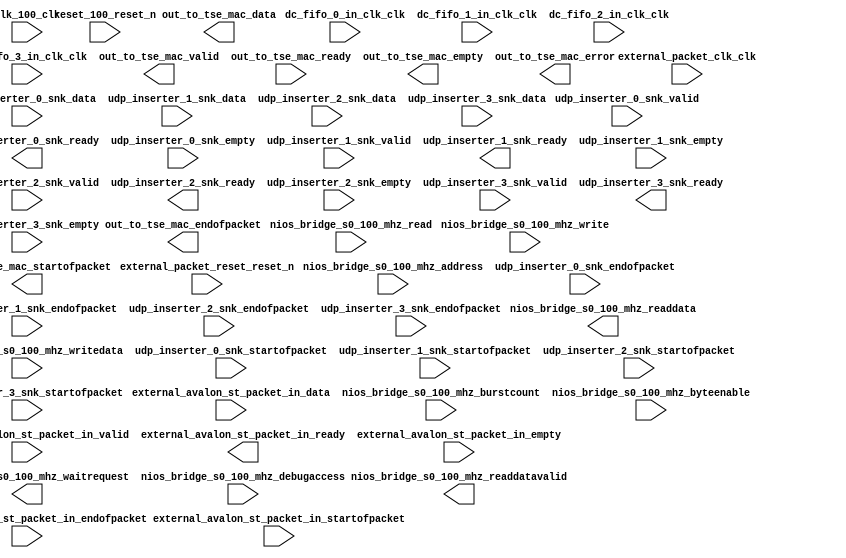

module udp_streamer_subsystem (
	clk_100_clk,
	dc_fifo_0_in_clk_clk,
	dc_fifo_1_in_clk_clk,
	dc_fifo_2_in_clk_clk,
	dc_fifo_3_in_clk_clk,
	external_avalon_st_packet_in_data,
	external_avalon_st_packet_in_valid,
	external_avalon_st_packet_in_ready,
	external_avalon_st_packet_in_startofpacket,
	external_avalon_st_packet_in_endofpacket,
	external_avalon_st_packet_in_empty,
	external_packet_clk_clk,
	external_packet_reset_reset_n,
	nios_bridge_s0_100_mhz_waitrequest,
	nios_bridge_s0_100_mhz_readdata,
	nios_bridge_s0_100_mhz_readdatavalid,
	nios_bridge_s0_100_mhz_burstcount,
	nios_bridge_s0_100_mhz_writedata,
	nios_bridge_s0_100_mhz_address,
	nios_bridge_s0_100_mhz_write,
	nios_bridge_s0_100_mhz_read,
	nios_bridge_s0_100_mhz_byteenable,
	nios_bridge_s0_100_mhz_debugaccess,
	out_to_tse_mac_data,
	out_to_tse_mac_valid,
	out_to_tse_mac_ready,
	out_to_tse_mac_startofpacket,
	out_to_tse_mac_endofpacket,
	out_to_tse_mac_empty,
	out_to_tse_mac_error,
	reset_100_reset_n,
	udp_inserter_0_snk_data,
	udp_inserter_0_snk_valid,
	udp_inserter_0_snk_ready,
	udp_inserter_0_snk_startofpacket,
	udp_inserter_0_snk_endofpacket,
	udp_inserter_0_snk_empty,
	udp_inserter_1_snk_data,
	udp_inserter_1_snk_valid,
	udp_inserter_1_snk_ready,
	udp_inserter_1_snk_startofpacket,
	udp_inserter_1_snk_endofpacket,
	udp_inserter_1_snk_empty,
	udp_inserter_2_snk_data,
	udp_inserter_2_snk_valid,
	udp_inserter_2_snk_ready,
	udp_inserter_2_snk_startofpacket,
	udp_inserter_2_snk_endofpacket,
	udp_inserter_2_snk_empty,
	udp_inserter_3_snk_data,
	udp_inserter_3_snk_valid,
	udp_inserter_3_snk_ready,
	udp_inserter_3_snk_startofpacket,
	udp_inserter_3_snk_endofpacket,
	udp_inserter_3_snk_empty);	

	input		clk_100_clk;
	input		dc_fifo_0_in_clk_clk;
	input		dc_fifo_1_in_clk_clk;
	input		dc_fifo_2_in_clk_clk;
	input		dc_fifo_3_in_clk_clk;
	input	[31:0]	external_avalon_st_packet_in_data;
	input		external_avalon_st_packet_in_valid;
	output		external_avalon_st_packet_in_ready;
	input		external_avalon_st_packet_in_startofpacket;
	input		external_avalon_st_packet_in_endofpacket;
	input	[1:0]	external_avalon_st_packet_in_empty;
	input		external_packet_clk_clk;
	input		external_packet_reset_reset_n;
	output		nios_bridge_s0_100_mhz_waitrequest;
	output	[31:0]	nios_bridge_s0_100_mhz_readdata;
	output		nios_bridge_s0_100_mhz_readdatavalid;
	input	[0:0]	nios_bridge_s0_100_mhz_burstcount;
	input	[31:0]	nios_bridge_s0_100_mhz_writedata;
	input	[9:0]	nios_bridge_s0_100_mhz_address;
	input		nios_bridge_s0_100_mhz_write;
	input		nios_bridge_s0_100_mhz_read;
	input	[3:0]	nios_bridge_s0_100_mhz_byteenable;
	input		nios_bridge_s0_100_mhz_debugaccess;
	output	[31:0]	out_to_tse_mac_data;
	output		out_to_tse_mac_valid;
	input		out_to_tse_mac_ready;
	output		out_to_tse_mac_startofpacket;
	output		out_to_tse_mac_endofpacket;
	output	[1:0]	out_to_tse_mac_empty;
	output		out_to_tse_mac_error;
	input		reset_100_reset_n;
	input	[31:0]	udp_inserter_0_snk_data;
	input		udp_inserter_0_snk_valid;
	output		udp_inserter_0_snk_ready;
	input		udp_inserter_0_snk_startofpacket;
	input		udp_inserter_0_snk_endofpacket;
	input	[1:0]	udp_inserter_0_snk_empty;
	input	[31:0]	udp_inserter_1_snk_data;
	input		udp_inserter_1_snk_valid;
	output		udp_inserter_1_snk_ready;
	input		udp_inserter_1_snk_startofpacket;
	input		udp_inserter_1_snk_endofpacket;
	input	[1:0]	udp_inserter_1_snk_empty;
	input	[31:0]	udp_inserter_2_snk_data;
	input		udp_inserter_2_snk_valid;
	output		udp_inserter_2_snk_ready;
	input		udp_inserter_2_snk_startofpacket;
	input		udp_inserter_2_snk_endofpacket;
	input	[1:0]	udp_inserter_2_snk_empty;
	input	[31:0]	udp_inserter_3_snk_data;
	input		udp_inserter_3_snk_valid;
	output		udp_inserter_3_snk_ready;
	input		udp_inserter_3_snk_startofpacket;
	input		udp_inserter_3_snk_endofpacket;
	input	[1:0]	udp_inserter_3_snk_empty;
endmodule